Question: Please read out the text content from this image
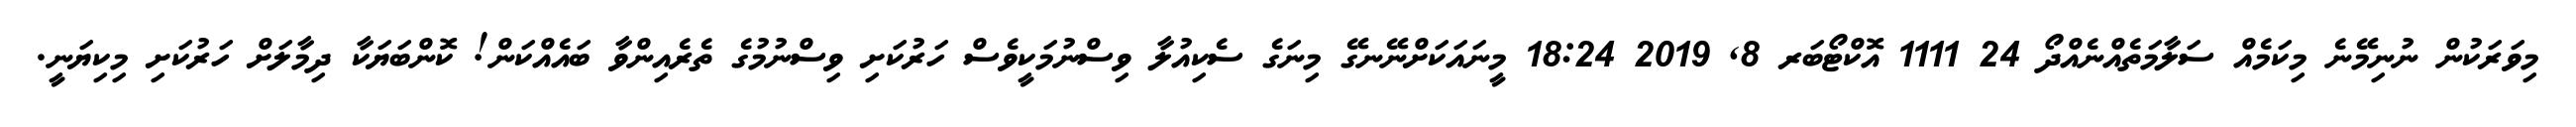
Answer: މިވަރަކުން ނުނިމޭނެ މިކަމެއް ސަލާމަތެއްނެއްދޯ 24 1111 އޮކްޓޯބަރ 8, 2019 18:24 މީނައަކަށްނޭނގޭ މިނަގެ ސެކިއުލާ ވިސްނުމަކީވެސް ހަރުކަށި ވިސްނުމުގެ ތެރެއިންވާ ބައެއްކަން! ކޮންބަޔަކާ ދިމާލަށް ހަރުކަށި މިކިޔަނީ.